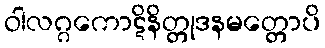
ဝါလဂ္ဂကောဋိနိတ္တုဒနမတ္တောပိ